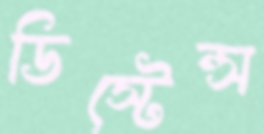
ডিস্টেন্স